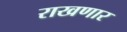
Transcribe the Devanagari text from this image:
राखणार